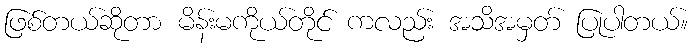
ဖြစ်တယ်ဆိုတာ မိန်းမကိုယ်တိုင် ကလည်း အသိအမှတ် ပြုပါတယ်။